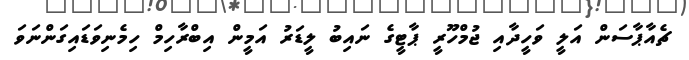
ޗެއާޕާސަން އަލީ ވަހީދާއި ޖުމްހޫރީ ޕާޓީގެ ނައިބު ލީޑަރު އަމީން އިބްރާހިމް ހިމެނިވަޑައިގަންނަވަ